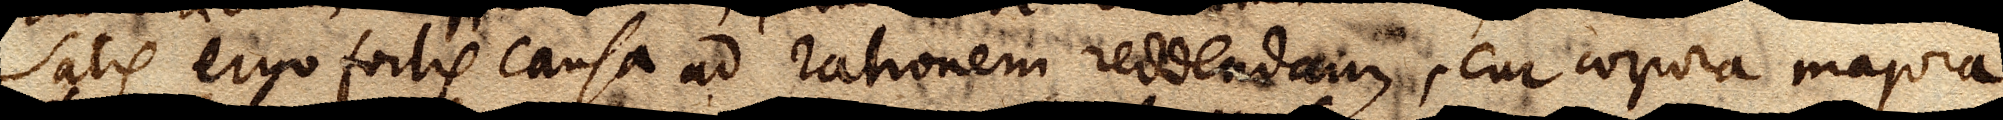
Satis ergo fortis causa ad rationem reddendam, cur corpora majora